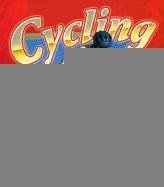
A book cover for Cycling in Action (Sports in Action); Bobbie Kalman; Children's Books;